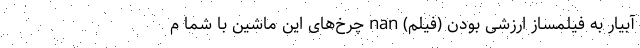
آبیار به فیلمساز ارزشی بودن (فیلم) nan چرخ‌های این ماشین با شما م